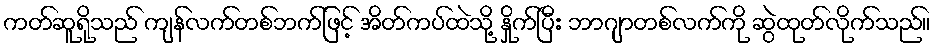
ကတ်ဆူရိုသည် ကျန်လက်တစ်ဘက်ဖြင့် အိတ်ကပ်ထဲသို့ နှိုက်ပြီး ဘာဂျာတစ်လက်ကို ဆွဲထုတ်လိုက်သည်။